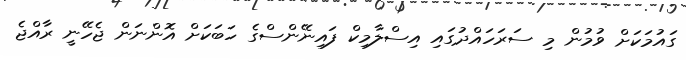
ގައުމަކަށް ވުމުން މި ސަރަހައްދުގައި އިސްލާމިކް ފައިނޭންސްގެ ހަބަކަށް އޮންނަން ޖެހޭނީ ރާއްޖެ